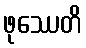
ဖုဿေတိ